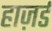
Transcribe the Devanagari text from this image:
हाज़र्ड